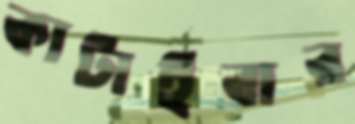
কাটাইবার